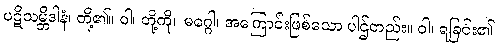
ပဋိသမ္ဘိဒါနံ၊ တို့၏။ ဝါ၊ တို့ကို။ မဂ္ဂေါ၊ အကြောင်းဖြစ်သော ပါဌ်တည်း။ ဝါ၊ ရခြင်း၏